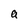
Character: a